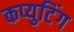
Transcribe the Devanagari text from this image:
कप्युटिंग